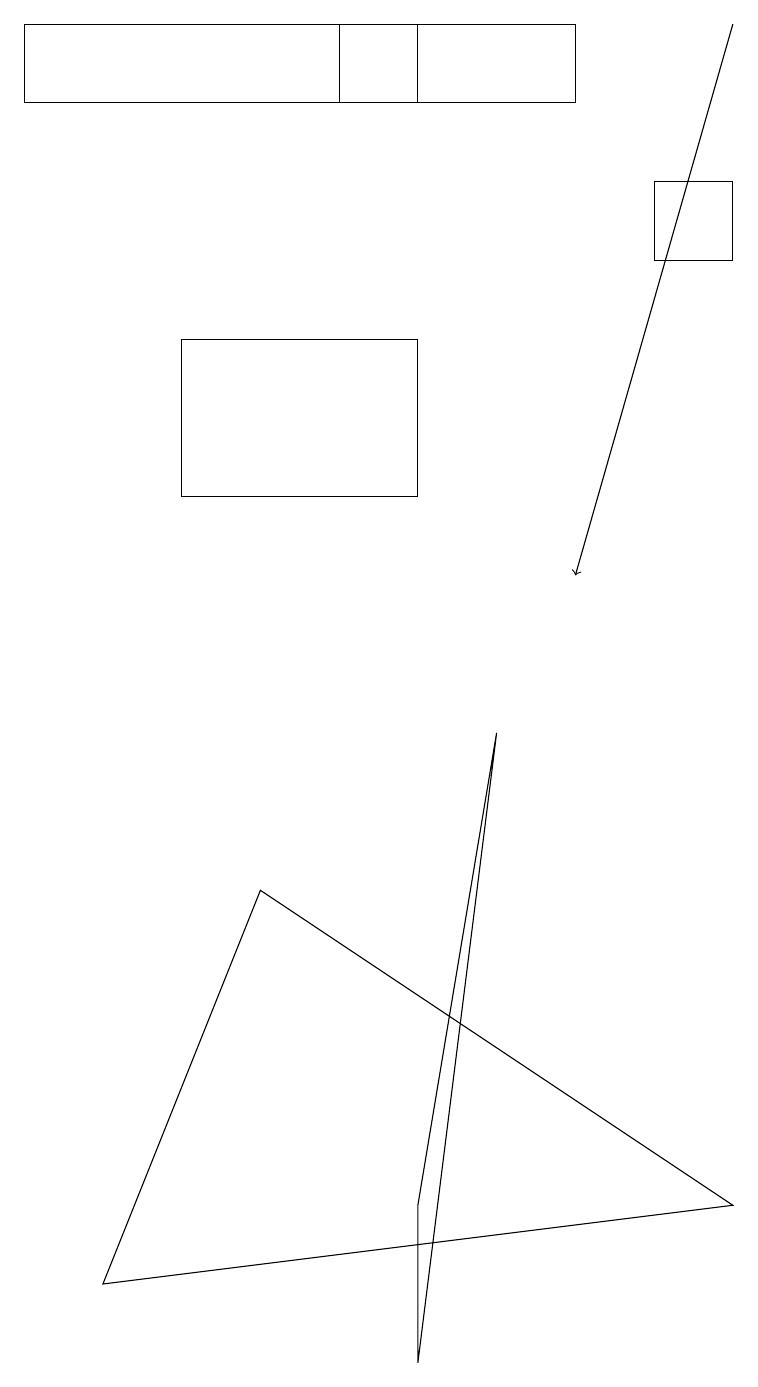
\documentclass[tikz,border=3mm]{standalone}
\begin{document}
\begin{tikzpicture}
\draw (2,12) rectangle (5,14);
\draw[->] (9,18) -- (7,11);
\draw (3,7) -- (1,2) -- (9,3) -- cycle;
\draw (4,17) rectangle (5,18);
\draw (5,3) -- (5,1) -- (6,9) -- cycle;
\draw (8,16) rectangle (9,15);
\draw (0,18) rectangle (7,17);
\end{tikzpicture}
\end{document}